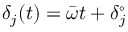
\delta _ { j } ( t ) = \bar { \omega } t + \delta _ { j } ^ { \circ }